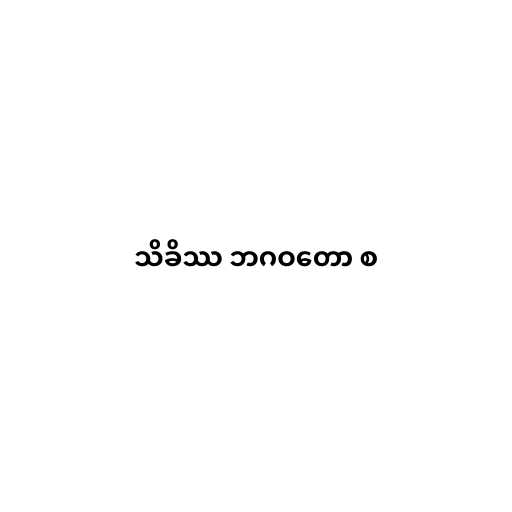
သိခိဿ ဘဂဝတော စ